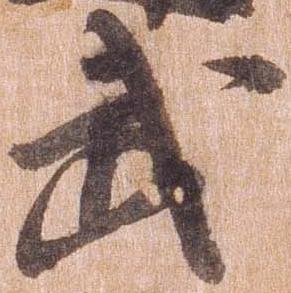
武